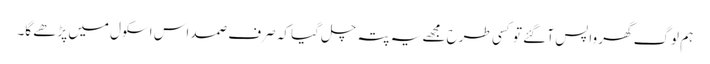
ہم لوگ گھر واپس آ گئے تو کسی طرح مجھے یہ پتہ چل گیا کہ صرف صمد اس اسکول میں پڑھے گا۔